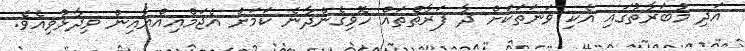
އަދި މުބަރާތުގައި އެކި ވަނަތަކަށް ދާ ފަރާތްތައް ހޮވިގެންދާނެ ކަމަށް އެޖަމްއިއްޔާއިން ވިދާޅުވިއެވެ.